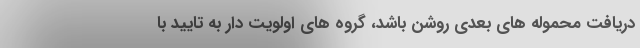
دریافت محموله های بعدی روشن باشد، گروه های اولویت دار به تایید با